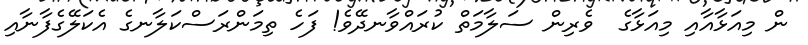
ން މިއަޅާއާއި މިއަޅާގެ  ވެރިން ސަލާމަތް ކުރައްވާނދޭވެ! ފަހެ ތިމަންރަސްކަލާނގެ އެކަލޭގެފާނާއި